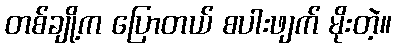
တစ်ချို့က ပြောတယ် စပါးဖျက် မိုးတဲ့။